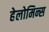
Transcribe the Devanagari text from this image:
हेलोमिन्स